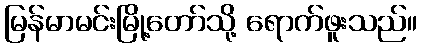
မြန်မာမင်းမြို့တော်သို့ ရောက်ဖူးသည်။